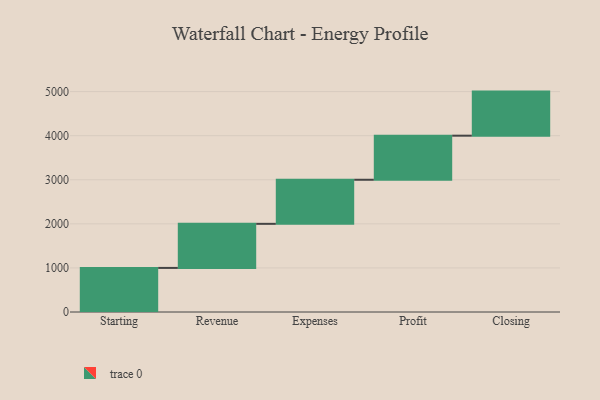
{"axis": {"x": "Step", "y": "Value"}, "legend": [""], "data": [{"x": "Starting", "y": 1000, "type": ""}, {"x": "Revenue", "y": 1000, "type": ""}, {"x": "Expenses", "y": 1000, "type": ""}, {"x": "Profit", "y": 1000, "type": ""}, {"x": "Closing", "y": 1000, "type": ""}]}